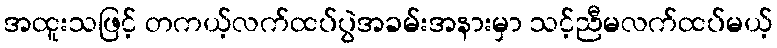
အထူးသဖြင့် တကယ့်လက်ထပ်ပွဲအခမ်းအနားမှာ သင့်ညီမလက်ထပ်မယ့်